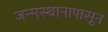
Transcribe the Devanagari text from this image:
जन्मस्थानापासून